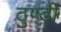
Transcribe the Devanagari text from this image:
ठुण्डी